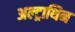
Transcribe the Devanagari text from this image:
अल्ट्राथिन